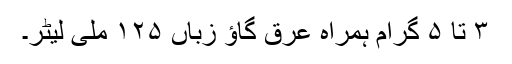
۳ تا ۵ گرام ہمراہ عرقِ گاؤ زباں ۱۲۵ ملی لیٹر۔